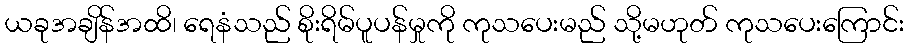
ယခုအချိန်အထိ၊ ရေနံသည် စိုးရိမ်ပူပန်မှုကို ကုသပေးမည် သို့မဟုတ် ကုသပေးကြောင်း